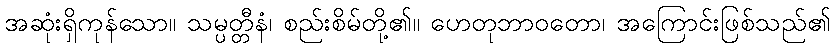
အဆုံးရှိကုန်သော။ သမ္ပတ္တီနံ၊ စည်းစိမ်တို့၏။ ဟေတုဘာဝတော၊ အကြောင်းဖြစ်သည်၏